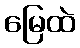
မြေထဲ